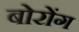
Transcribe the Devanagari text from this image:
बोरोंग